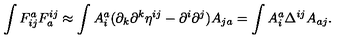
\int F _ { i j } ^ { a } F _ { a } ^ { i j } \approx \int A _ { i } ^ { a } ( \partial _ { k } \partial ^ { k } \eta ^ { i j } - \partial ^ { i } \partial ^ { j } ) A _ { j a } = \int A _ { i } ^ { a } \Delta ^ { i j } A _ { a j } .